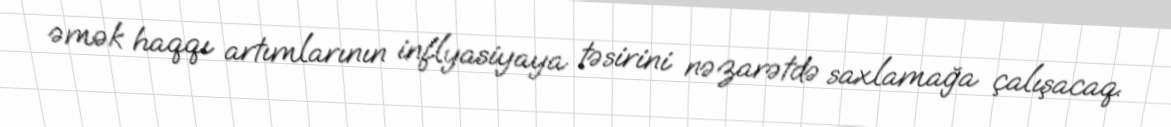
əmək haqqı artımlarının inflyasiyaya təsirini nəzarətdə saxlamağa çalışacaq.